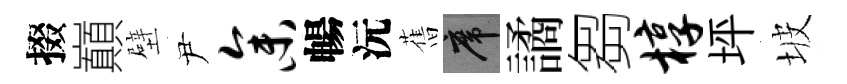
掇巔壁尹参暢沅𦾔席譎芻椁坪坡